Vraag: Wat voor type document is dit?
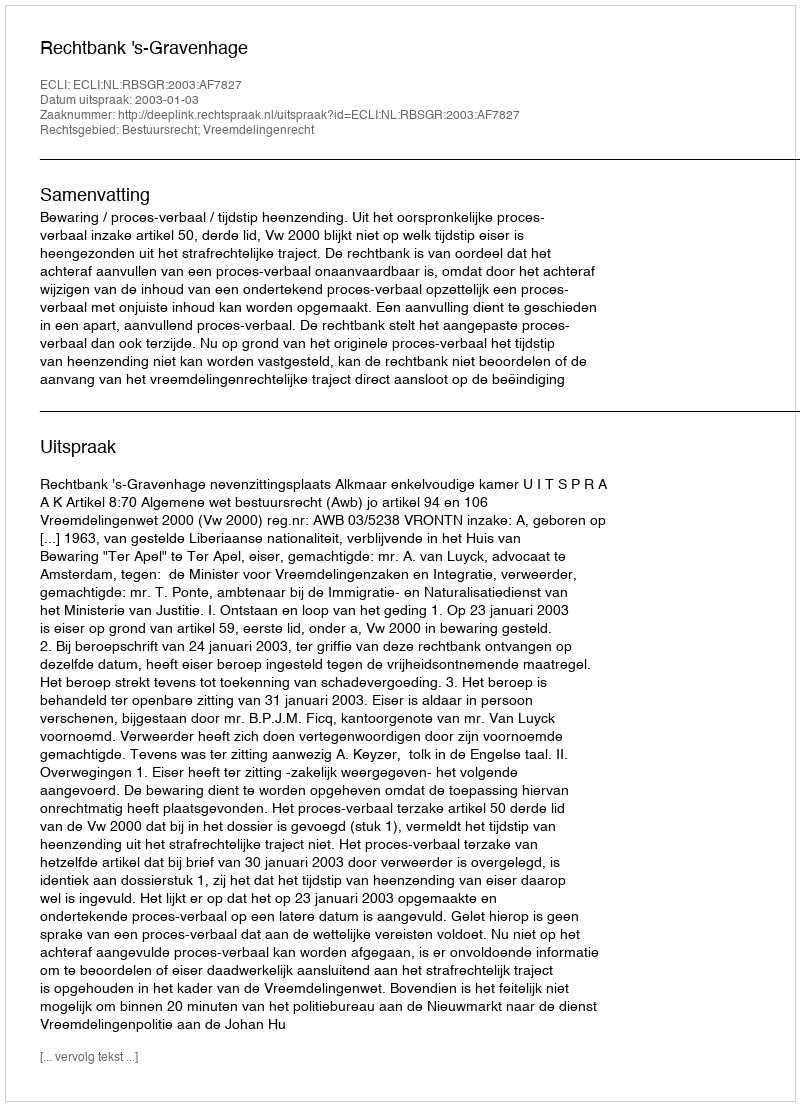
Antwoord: Uitspraak